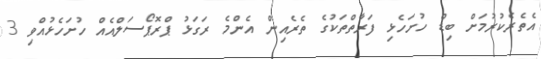
އެތެރެކުރުމަށް ބިޑް ހުށަހެޅި ފަރާތްތަކުގެ ތެރެއިން އެންމެ ރަގަޅު ޕްރޮޕޯސަލްއެއް ހުށަހެޅުއްވި 3